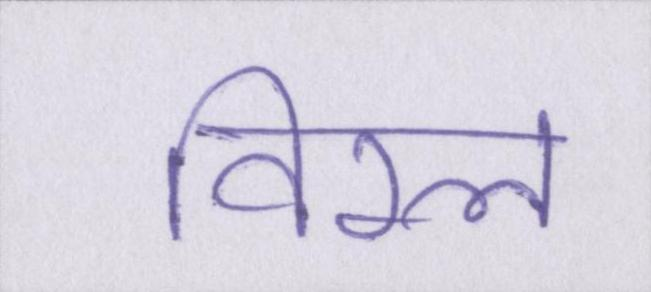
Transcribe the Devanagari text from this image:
विरल